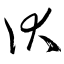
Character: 伏